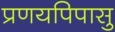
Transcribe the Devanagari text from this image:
प्रणयपिपासु